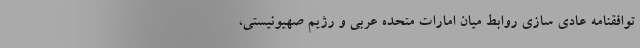
توافقنامه عادی سازی روابط میان امارات متحده عربی و رژیم صهیونیستی،